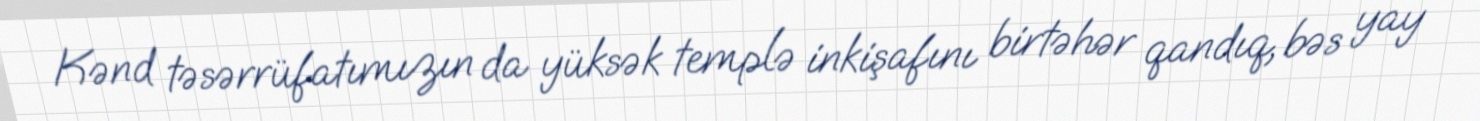
Kənd təsərrüfatımızın da yüksək templə inkişafını birtəhər qandıq, bəs yay